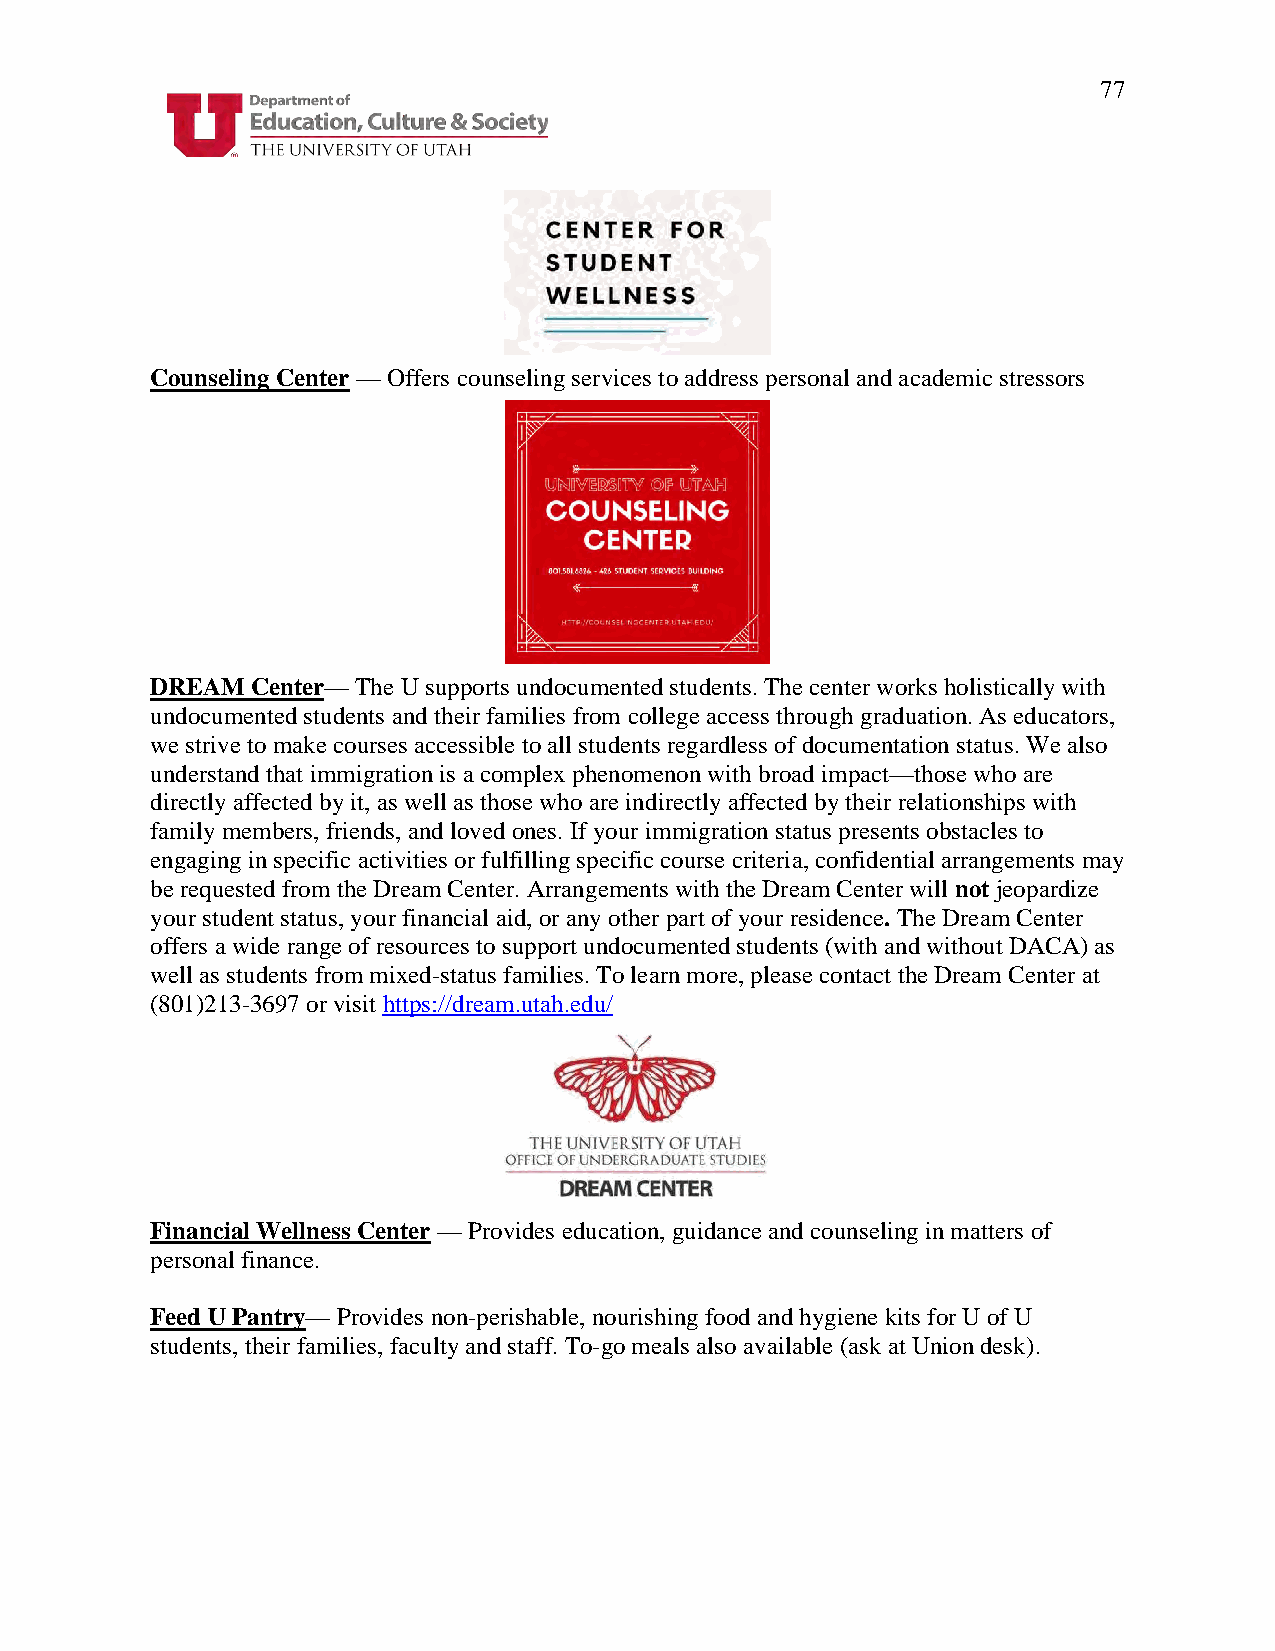
77
 Counseling Center — Offers counseling services to address personal and academic stressors
 DREAM  Center— The U supports undocumented students. The center works holistically with
 undocumented students and their families from college access through graduation. As educators,
 we strive to make courses accessible to all students regardless of documentation status. We also
 understand that immigration is a complex phenomenon with broad impact—those who are
 directly affected by it, as well as those who are indirectly affected by their relationships with
 family members, friends, and loved ones. If your immigration status presents obstacles to
 engaging in specific activities or fulfilling specific course criteria, confidential arrangements may
 be requested from the Dream Center. Arrangements with the Dream Center will not jeopardize
 your student status, your financial aid, or any other part of your residence. The Dream Center
 offers a wide range of resources to support undocumented students (with and without DACA) as
 well as students from mixed-status families. To learn more, please contact the Dream Center at
 (801)213-3697 or visit https://dream.utah.edu/
 Financial Wellness Center — Provides education, guidance and counseling in matters of
 personal finance.
 Feed U Pantry— Provides non-perishable, nourishing food and hygiene kits for U of U
 students, their families, faculty and staff. To-go meals also available (ask at Union desk).